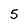
Character: 5